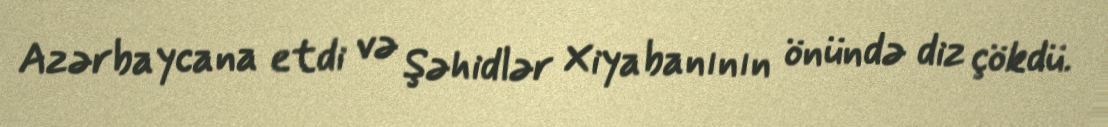
Azərbaycana etdi və Şəhidlər Xiyabanının önündə diz çökdü.